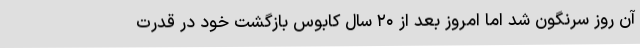
آن روز سرنگون شد اما امروز بعد از ۲۰ سال کابوس بازگشت خود در قدرت